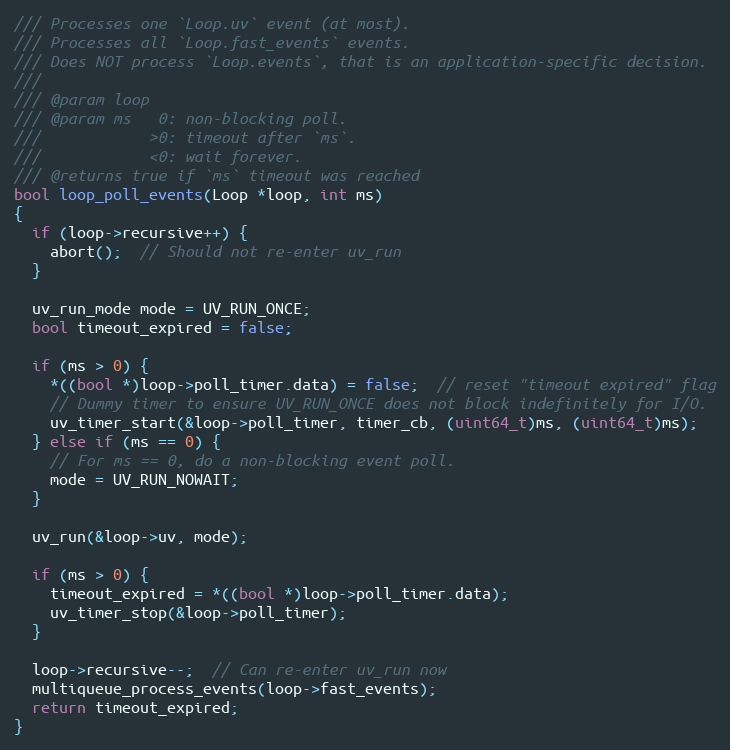
Language: C
/// Processes one `Loop.uv` event (at most).
/// Processes all `Loop.fast_events` events.
/// Does NOT process `Loop.events`, that is an application-specific decision.
///
/// @param loop
/// @param ms   0: non-blocking poll.
///            >0: timeout after `ms`.
///            <0: wait forever.
/// @returns true if `ms` timeout was reached
bool loop_poll_events(Loop *loop, int ms)
{
  if (loop->recursive++) {
    abort();  // Should not re-enter uv_run
  }

  uv_run_mode mode = UV_RUN_ONCE;
  bool timeout_expired = false;

  if (ms > 0) {
    *((bool *)loop->poll_timer.data) = false;  // reset "timeout expired" flag
    // Dummy timer to ensure UV_RUN_ONCE does not block indefinitely for I/O.
    uv_timer_start(&loop->poll_timer, timer_cb, (uint64_t)ms, (uint64_t)ms);
  } else if (ms == 0) {
    // For ms == 0, do a non-blocking event poll.
    mode = UV_RUN_NOWAIT;
  }

  uv_run(&loop->uv, mode);

  if (ms > 0) {
    timeout_expired = *((bool *)loop->poll_timer.data);
    uv_timer_stop(&loop->poll_timer);
  }

  loop->recursive--;  // Can re-enter uv_run now
  multiqueue_process_events(loop->fast_events);
  return timeout_expired;
}